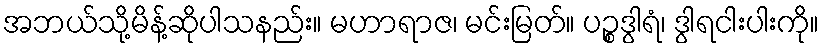
အဘယ်သို့မိန့်ဆိုပါသနည်း။ မဟာရာဇ၊ မင်းမြတ်။ ပဉ္စဒွါရံ၊ ဒွါရငါးပါးကို။